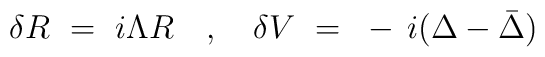
\delta R ~=~ i \Lambda R ~~~,~~~ \delta V ~=~ - \, i ( \Delta - \bar{\Delta} )